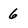
Character: 6